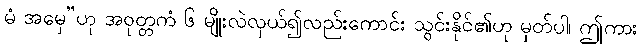
မံ အမှေ”ဟု အဝုတ္တကံ ၆ မျိုးလဲလှယ်၍လည်းကောင်း သွင်းနိုင်၏ဟု မှတ်ပါ၊ ဤကား